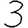
Digit: 3